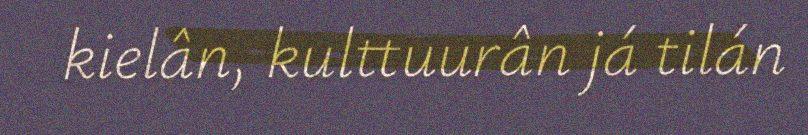
kielân, kulttuurân já tilán